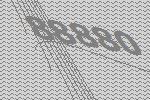
88880